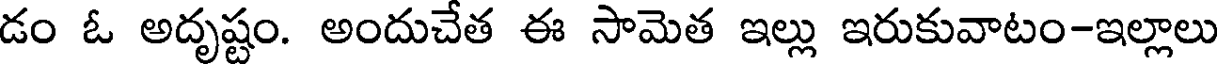
డం ఓ అదృష్టం. అందుచేత ఈ సామెత ఇల్లు ఇరుకువాటం-ఇల్లాలు